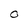
Character: O